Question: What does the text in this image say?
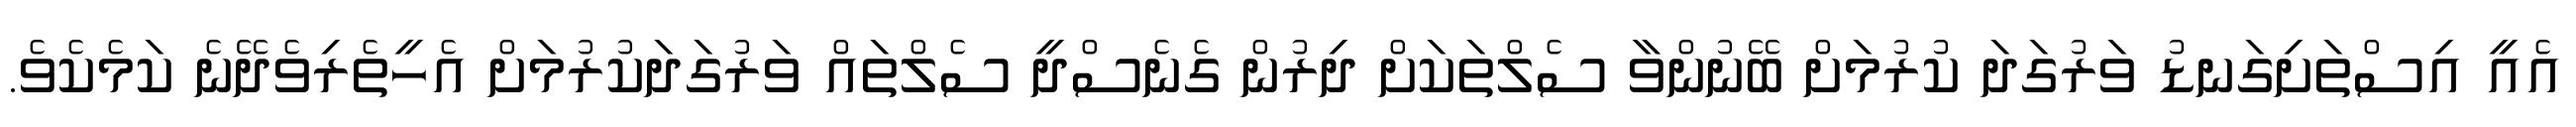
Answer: އެއީ އިސްތަށިގަނޑު ވަރުގަދަ ކުރުމަށް ބޭނުންވާ ސެލްތަކަށް ދިރުން ގެނެސްދީ ސެލްތައް ވަރުގަދަކުރުމަށް އެހީތެރިވެދޭނެ ކަމެކެވެ.